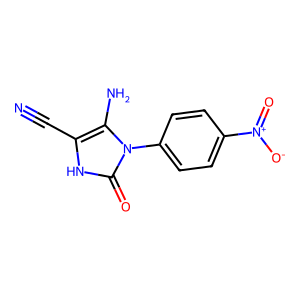
SMILES: N#Cc1[nH]c(=O)n(-c2ccc([N+](=O)[O-])cc2)c1N
Inhibits HIV replication: No